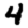
Digit: 4